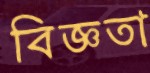
বিজ্ঞতা